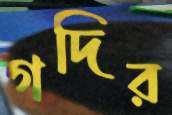
গদির